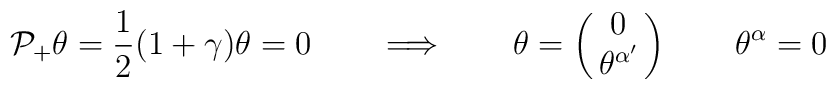
{\cal P_+ } \theta = {1\over 2} (1+ \gamma) \theta =0  \qquad  \Longrightarrow\qquad \theta = \left (\matrix{0 \cr\theta^{\alpha'} \cr}\right ) \qquad \theta ^{\alpha} =0